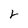
Character: r